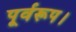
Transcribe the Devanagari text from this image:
पूर्वरूप।